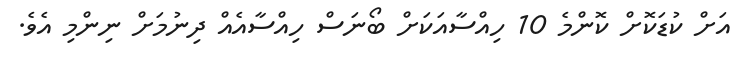
އަށް ކުޑަކޮށް ކޮންމެ 10 ހިއްސާއަކަށް ބޯނަސް ހިއްސާއެއް ދިނުމަށް ނިންމި އެވެ.